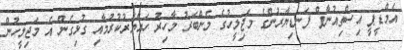
އެމްޑީޕީ އިސްތިއުނާފް ފަނޑިޔާރުންގެ މަޖިލީހުގެ މެންބަރު މާހިރު ހައްޔަރުކުރުމާއި ގުޅިގެން އެ މަޖިލީހުން